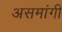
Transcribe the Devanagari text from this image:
असमांगी